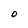
Character: O